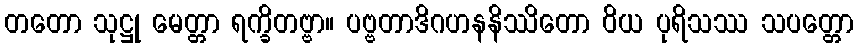
တတော သုဋ္ဌု မေတ္တာ ရက္ခိတဗ္ဗာ။ ပဗ္ဗတာဒိဂဟနနိဿိတော ဝိယ ပုရိသဿ သပတ္တော